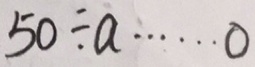
5 0 \div a \cdots 0